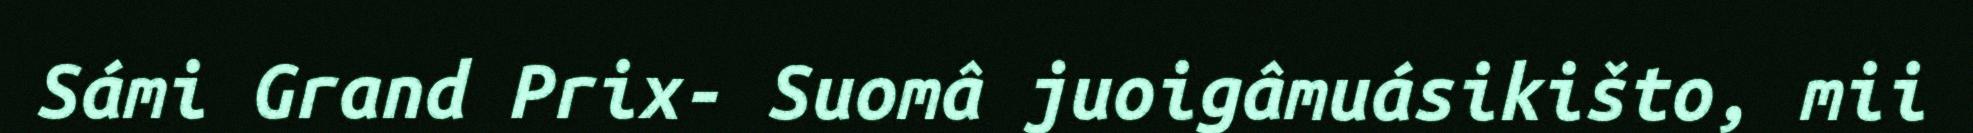
Sámi Grand Prix- Suomâ juoigâmuásikišto, mii